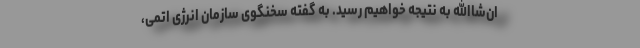
ان‌شاالله به نتیجه خواهیم رسید. به گفته سخنگوی سازمان انرژی اتمی،